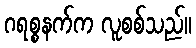
ဂရစ္စနက်က လူစစ်သည်။